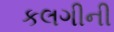
કલગીની